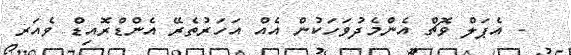
- އެޕަލް ވޮޗް އެންމެދުވަހަކުން އެއް އަހަރުތެރޭ އެންޑްރޮއިޑް ވެއަރ